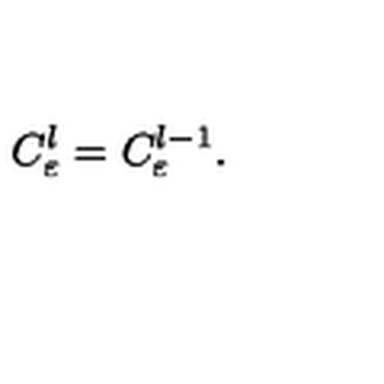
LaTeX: C _ { \varepsilon } ^ { l } = C _ { \varepsilon } ^ { l - 1 } .